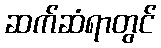
ဆက်ဆံရာတွင်